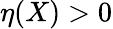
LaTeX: \eta(X)>0